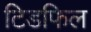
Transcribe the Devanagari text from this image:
टिडफिल